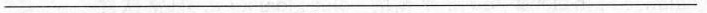
___